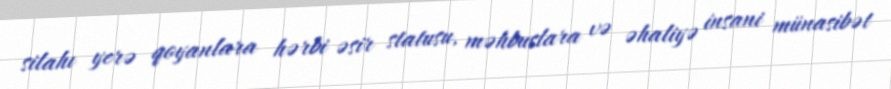
silahı yerə qoyanlara hərbi əsir statusu, məhbuslara və əhaliyə insani münasibət